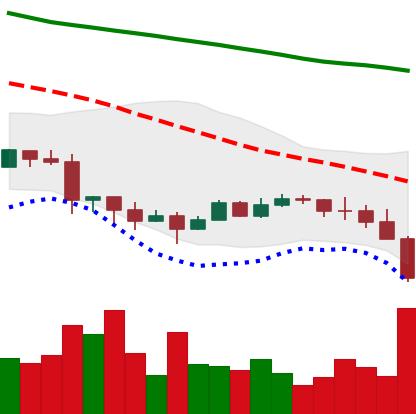
Ticker: EOS-USD
Chart end date: 2022-01-21
Forward return: -6.104%
Label: down_5_7